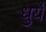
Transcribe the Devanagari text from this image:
धुर्ये